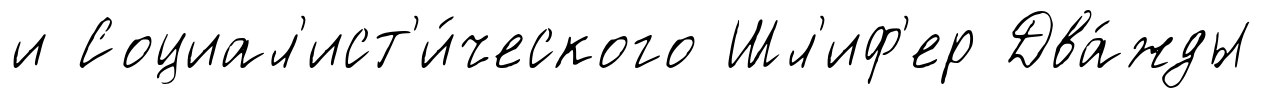
и Социал'ист'и́ческого Шл'иф'ер Два́жды